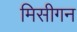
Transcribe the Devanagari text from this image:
मिसीगन